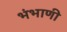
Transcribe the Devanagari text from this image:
भंभाणी